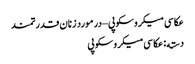
عکاسی میکروسکوپی – در مورد زنان قدرتمند
دسته: عکاسی میکروسکوپی